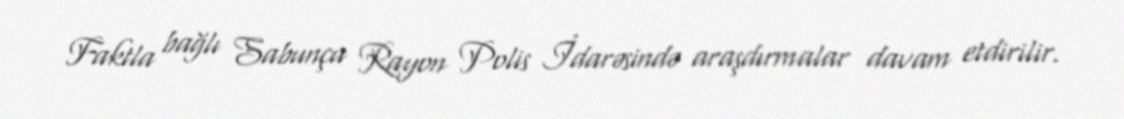
Faktla bağlı Sabunçu Rayon Polis İdarəsində araşdırmalar davam etdirilir.